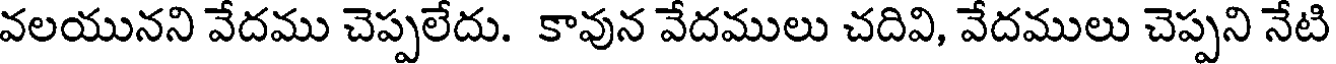
వలయునని వేదము చెప్పలేదు. కావున వేదములు చదివి, వేదములు చెప్పని నేటి